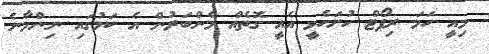
މިއީ ހަމަ ރިޕޯޓް ހުށަހެޅީ އެއީ ގޮތެއް މެންބަރުން އެ ކަމުގައި ނިންމާނެ